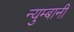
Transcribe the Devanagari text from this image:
न्युम्बानी